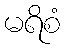
မရိစံ